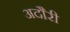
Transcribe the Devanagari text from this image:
अदौरी